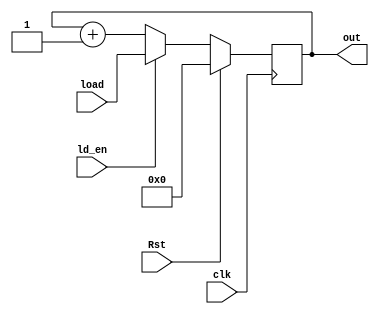
module syn_counter(clk,Rst,out,ld_en,load);
   input clk,Rst,ld_en;
   input [3:0]load;
   output reg [3:0]out;
   always @(posedge clk)
     begin
        if(Rst==1)
            out<=0;

        else
            if(ld_en)
               out <= load;
            else
              out <= out+1;
     end
endmodule